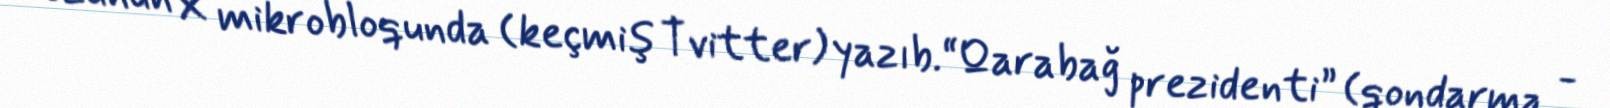
özünün X mikrobloqunda (keçmiş Tvitter) yazıb.“Qarabağ prezidenti” (qondarma -